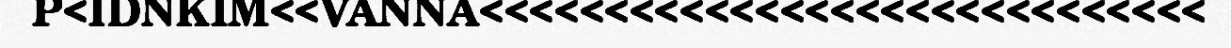
P<IDNKIM<<VANNA<<<<<<<<<<<<<<<<<<<<<<<<<<<<<